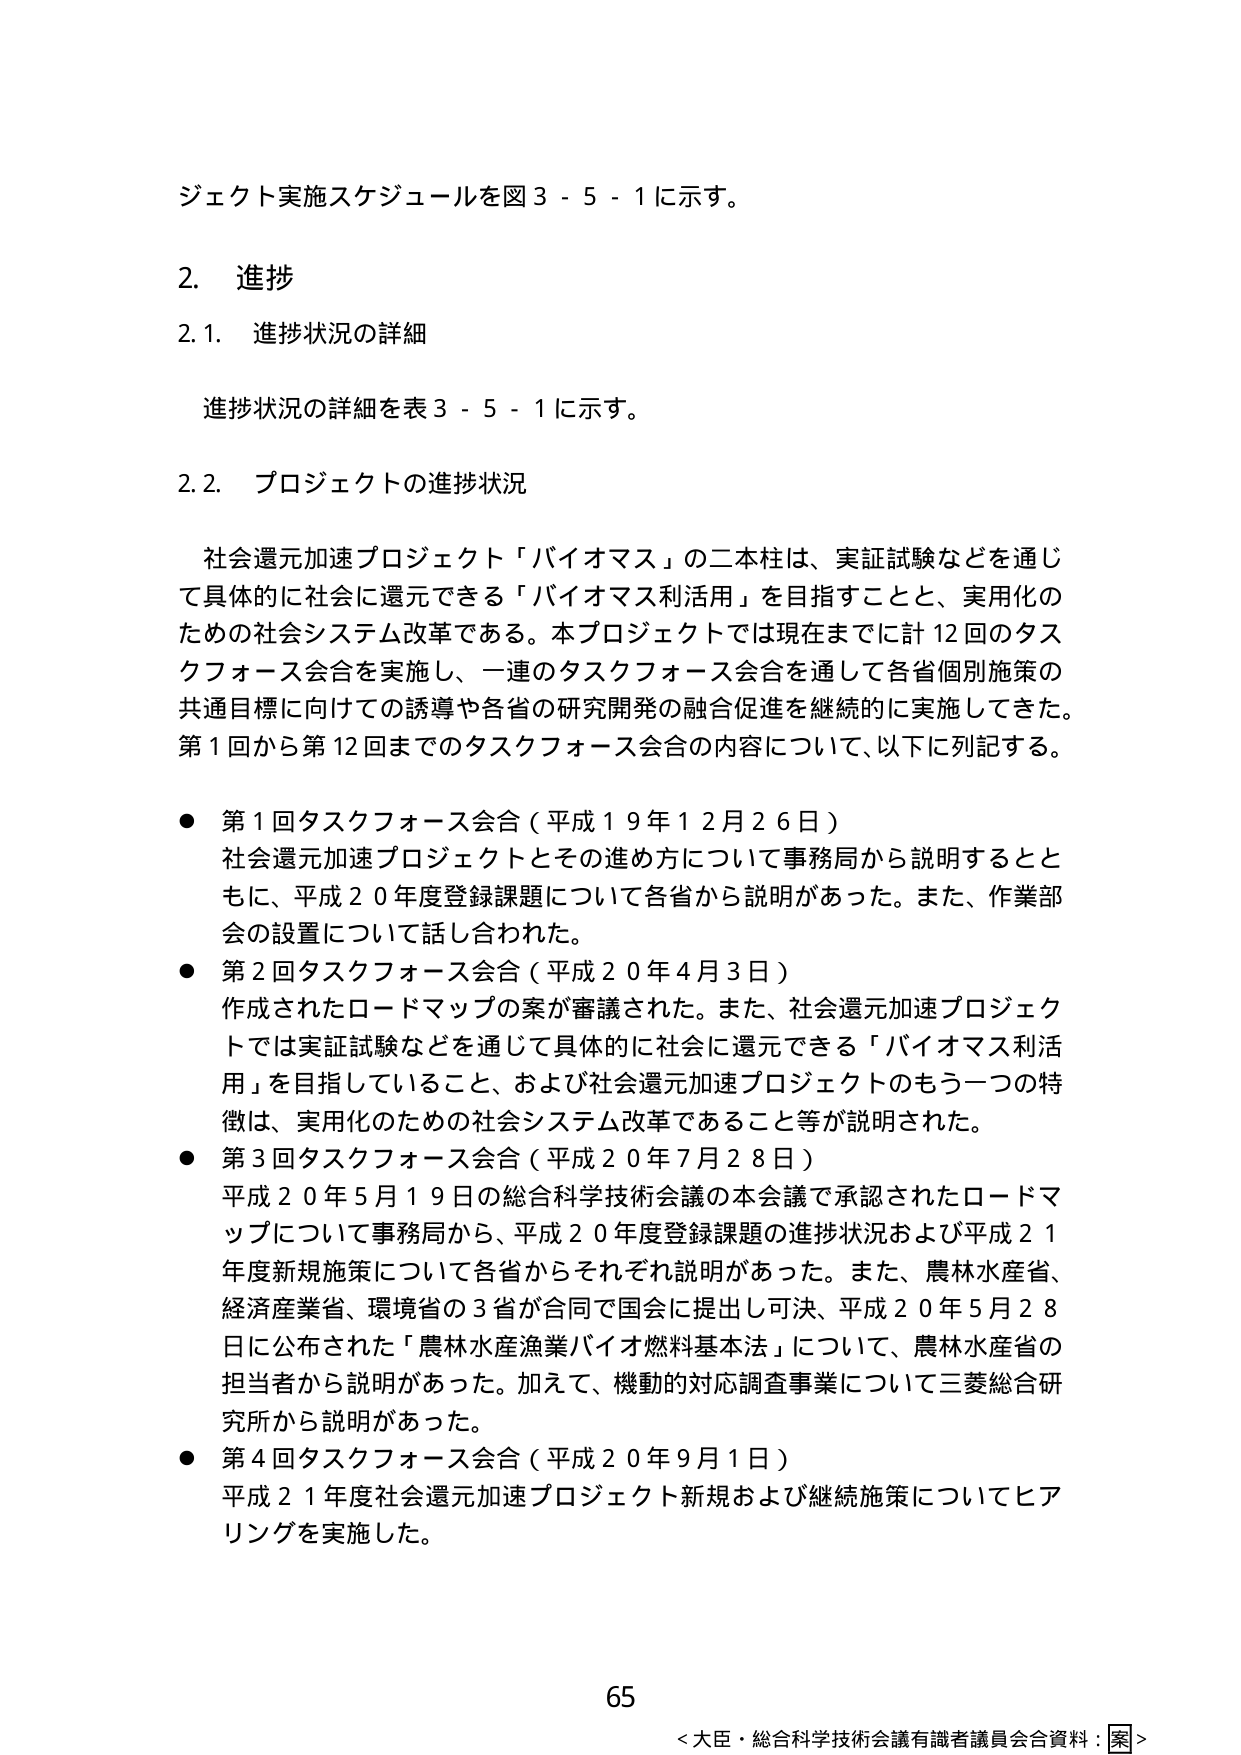
ジェクト実施スケジュールを図３－５－１に示す。

２．進捗

２．１．進捗状況の詳細

進捗状況の詳細を表３－５－１に示す。

２．２．プロジェクトの進捗状況

社会還元加速プロジェクト「バイオマス」の二本柱は、実証試験などを通じて具体的に社会に還元できる「バイオマス利活用」を目指すことと、実用化のための社会システム改革である。本プロジェクトでは現在までに計12回のタスクフォース会合を実施し、一連のタスクフォース会合を通じて各省個別施策の共通目標に向けての誘導や各省の研究開発の融合促進を継続的に実施してきた。第1回から第12回までのタスクフォース会合の内容について、以下に列記する。

● 第1回タスクフォース会合（平成19年12月26日）
社会還元加速プロジェクトとその進め方について事務局から説明するとともに、平成20年度登録課題について各省から説明があった。また、作業部会の設置について話し合われた。

● 第2回タスクフォース会合（平成20年4月3日）
作成されたロードマップの案が審議された。また、社会還元加速プロジェクトでは実証試験などを通じて具体的に社会に還元できる「バイオマス利活用」を目指していること、および社会還元加速プロジェクトのもう一つの特徴は、実用化のための社会システム改革であること等が説明された。

● 第3回タスクフォース会合（平成20年7月28日）
平成20年5月19日の総合科学技術会議の本会議で承認されたロードマップについて事務局から、平成20年度登録課題の進捗状況および平成21年度新規施策について各省からそれぞれ説明があった。また、農林水産省、経済産業省、環境省の3省が合同で国会に提出し可決、平成20年5月28日に公布された「農林水産漁業バイオ燃料基本法」について、農林水産省の担当者から説明があった。加えて、機動的対応調査事業について三菱総合研究所から説明があった。

● 第4回タスクフォース会合（平成20年9月1日）
平成21年度社会還元加速プロジェクト新規および継続施策についてヒアリングを実施した。

65
＜大臣・総合科学技術会議有識者議員会合資料：案＞